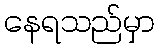
နေရသည်မှာ